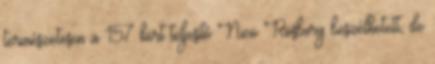
természetesen a 157 kört teljesítő Nico Rosberg beszélhetett, de